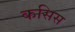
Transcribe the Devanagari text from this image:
कसिस